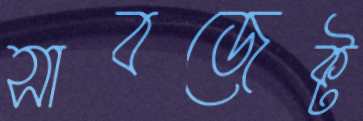
সাবজেক্ট